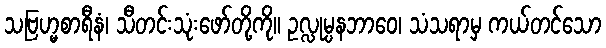
သဗြဟ္မစာရီနံ၊ သီတင်းသုံးဖော်တို့ကို။ ဥလ္လုမ္ပနဘာဝေ၊ သံသရာမှ ကယ်တင်သော